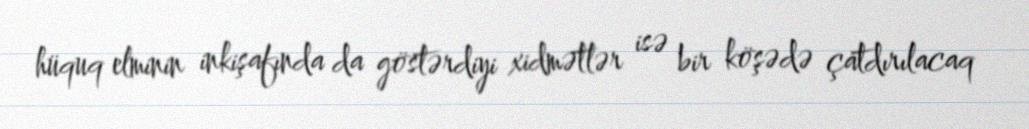
hüquq elminin inkişafında da göstərdiyi xidmətlər isə bir köşədə çatdırılacaq